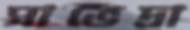
সাভেদ্রা